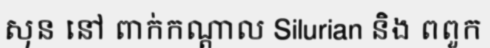
សុន នៅ ពាក់កណ្តាល Silurian និង ពពួក